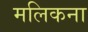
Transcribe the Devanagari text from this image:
मलिकना